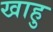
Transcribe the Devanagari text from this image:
खाहु